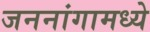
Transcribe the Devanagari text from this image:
जननांगामध्ये